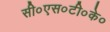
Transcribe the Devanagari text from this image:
सी०एस०टी०के०